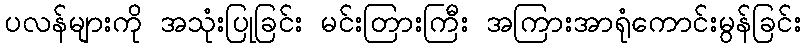
ပလန်များကို အသုံးပြုခြင်း မင်းတြားကြီး အကြားအာရုံကောင်းမွန်ခြင်း